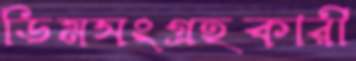
ডিমসংগ্রহকারী